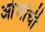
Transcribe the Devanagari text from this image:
आंभीची